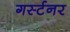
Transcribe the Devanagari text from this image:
गर्स्टनर